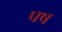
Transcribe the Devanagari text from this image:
पष